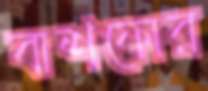
বাশফোর